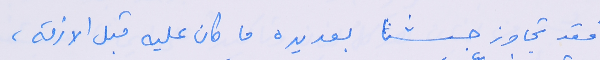
فقد تجاوز جيشنا بعديده ما كان عليه قبل الازمة،